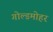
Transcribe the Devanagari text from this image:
गोल्डमोहर